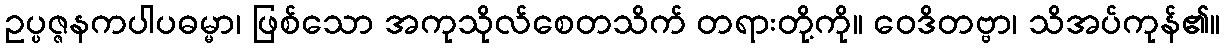
ဥပ္ပဇ္ဇနကပါပဓမ္မာ၊ ဖြစ်သော အကုသိုလ်စေတသိက် တရားတို့ကို။ ဝေဒိတဗ္ဗာ၊ သိအပ်ကုန်၏။